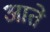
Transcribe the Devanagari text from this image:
आते